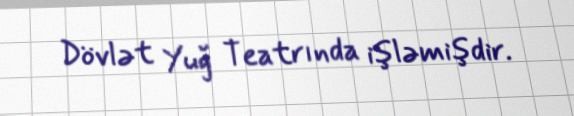
Dövlət Yuğ Teatrında işləmişdir.